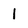
Character: l